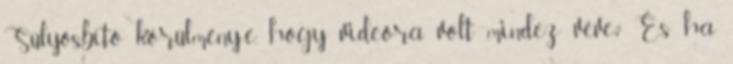
Súlyosbító körülmény-e, hogy videóra volt mindez véve? És ha